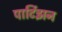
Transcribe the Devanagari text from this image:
पार्टिझन